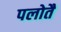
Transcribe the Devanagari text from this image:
पलोतै